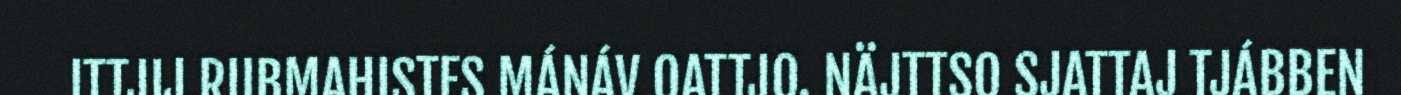
ITTJIJ RUBMAHISTES MÁNÁV OATTJO. NÄJTTSO SJATTAJ TJÁBBEN